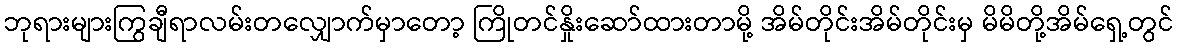
ဘုရားများကြွချီရာလမ်းတလျှောက်မှာတော့ ကြိုတင်နှိုးဆော်ထားတာမို့ အိမ်တိုင်းအိမ်တိုင်းမှ မိမိတို့အိမ်ရှေ့တွင်